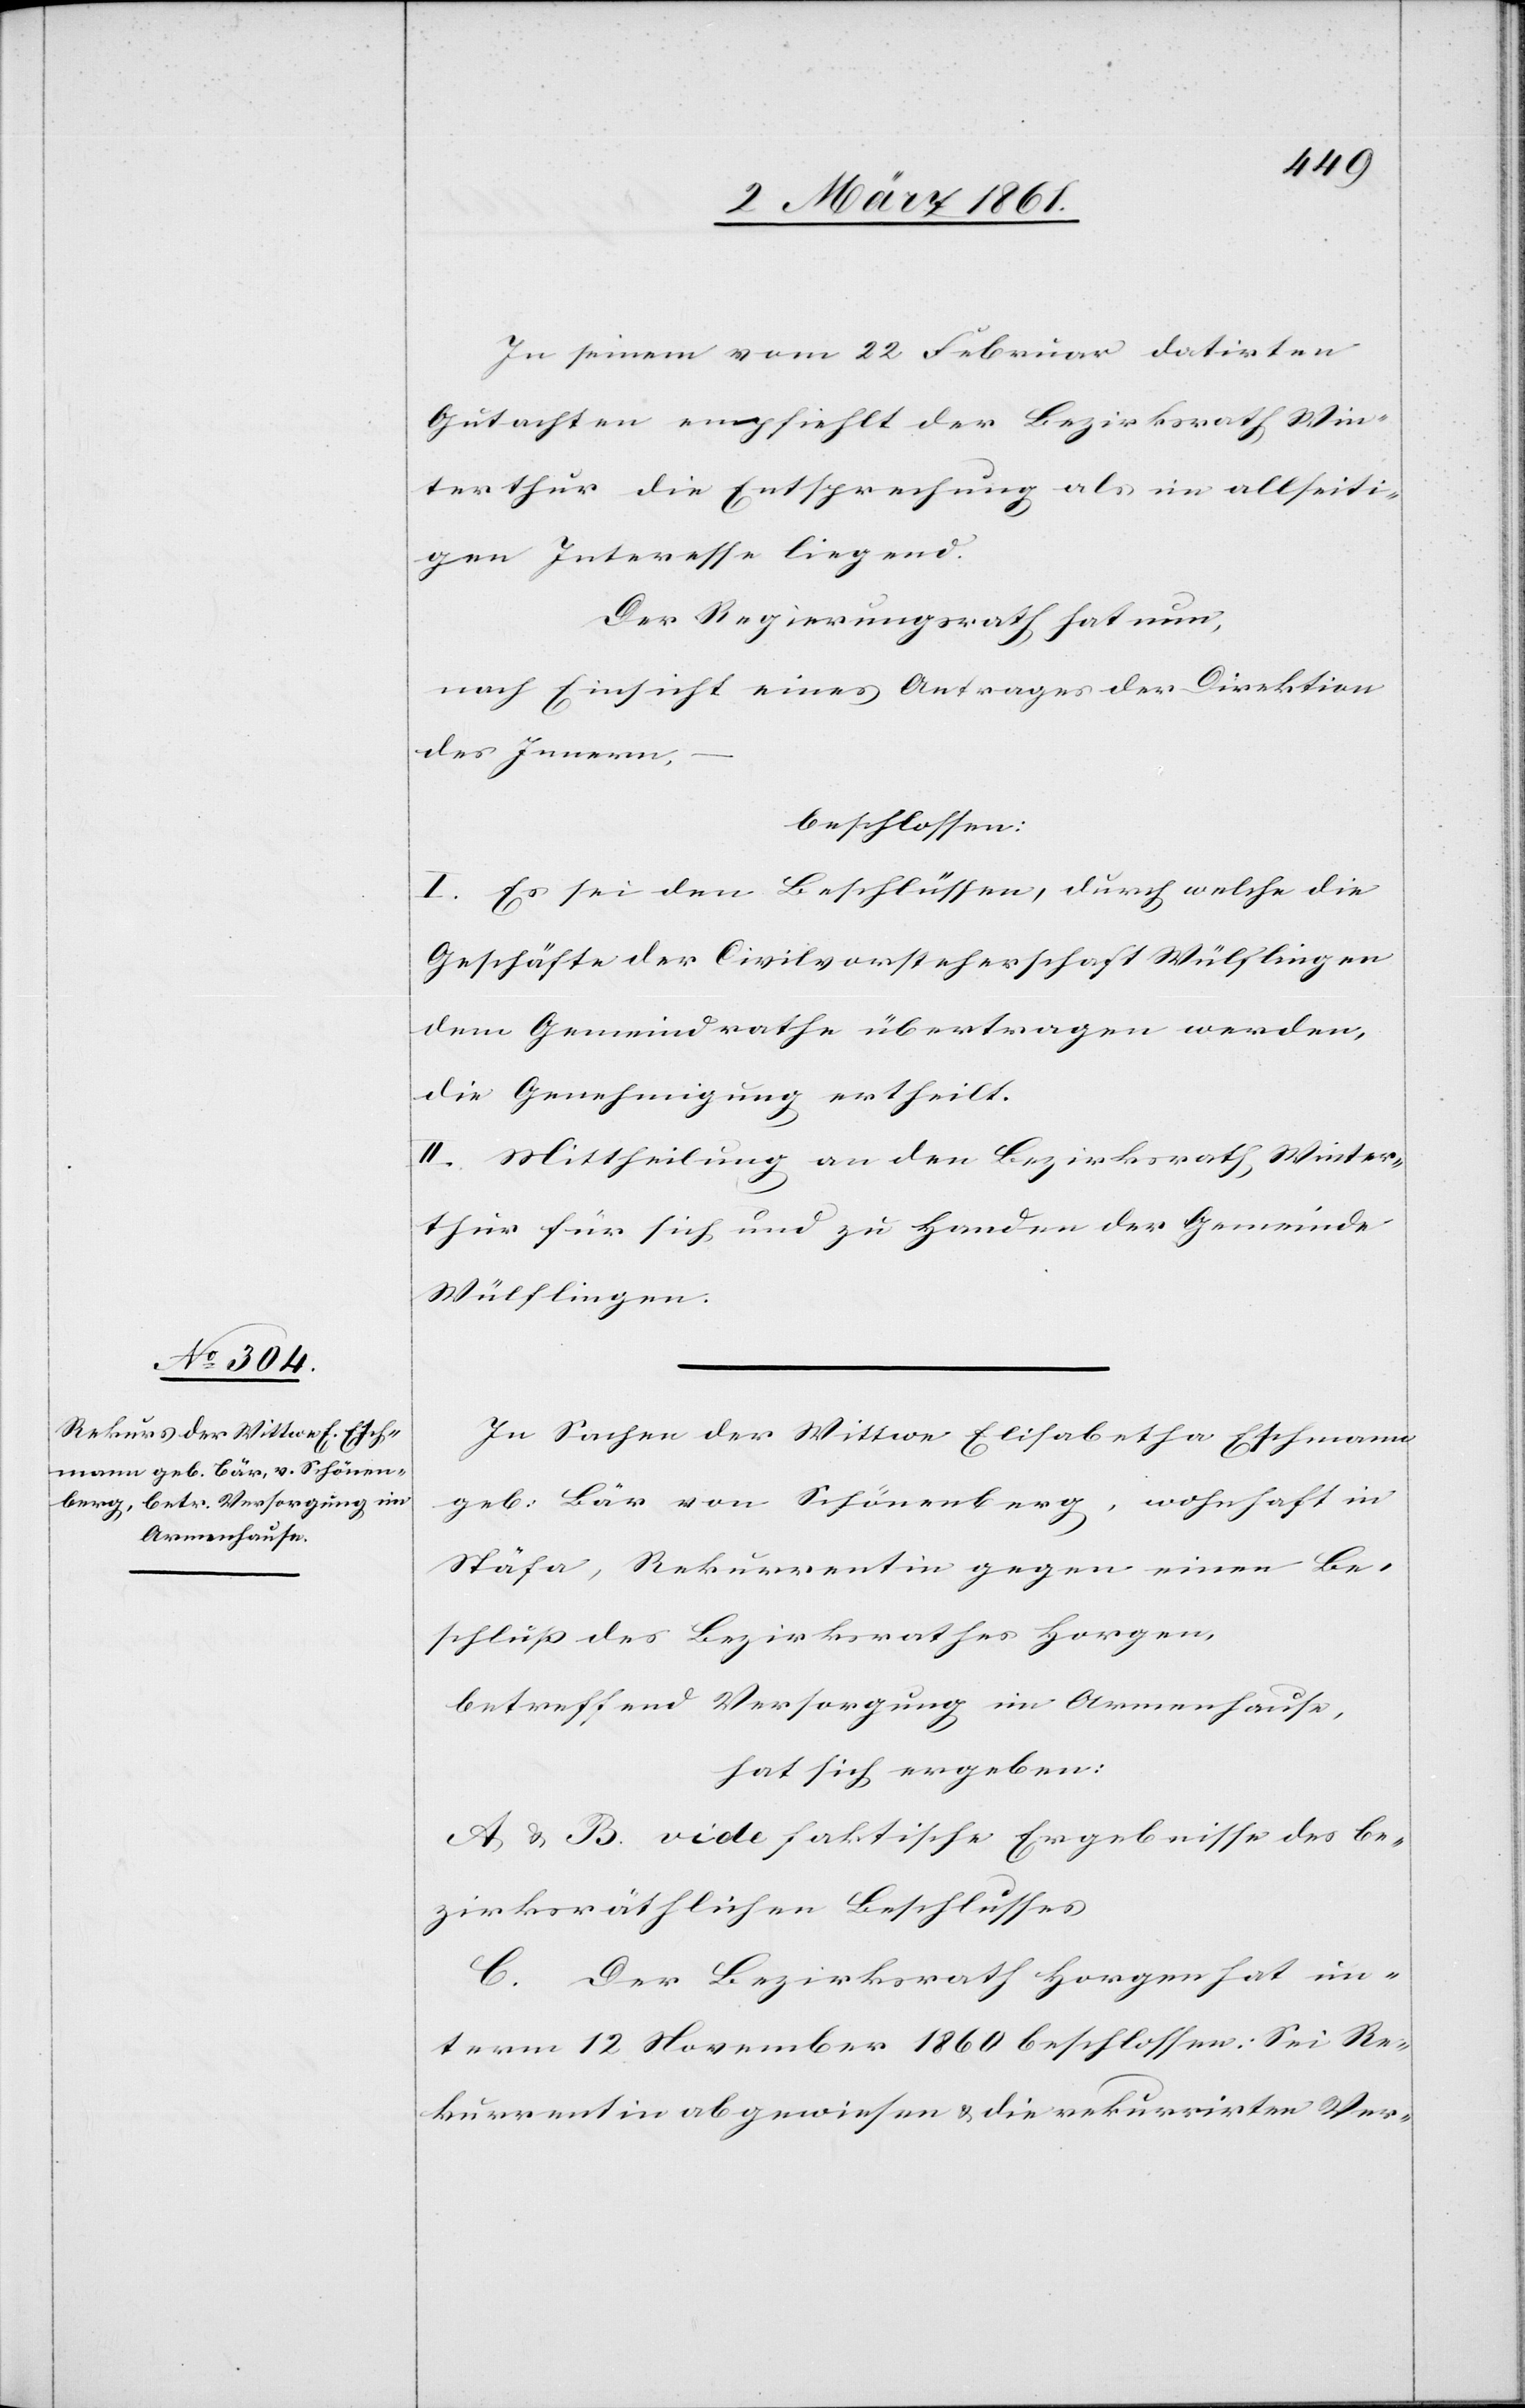
In seinem vom 22 Februar datirten
Gutachten empfiehlt der Bezirksrath Win¬
terthur die Entsprechung als im allseiti¬
gen Interesse liegend.
Der Regierungsrath hat nun,
nach Einsicht eines Antrages der Direktion
des Innern,
beschlossen:
I. Es sei den Beschlüssen, durch welche die
Geschäfte der Civilvorsteherschaft Wülflingen
dem Gemeindrathe übertragen werden,
die Genehmigung ertheilt.
II. Mittheilung an den Bezirksrath Winter¬
thur für sich und zu Handen der Gemeinde
Wülflingen.
In Sachen der Wittwe Elisabetha Eschmann
geb: Bär von Schönenberg, wohnhaft in
Stäfa, Rekurrentin gegen einen Be¬
schluss des Bezirksrathes Horgen,
betreffend Versorgung im Armenhause,
hat sich ergeben:
A. u. B. vide faktische Ergebnisse des be¬
zirksräthlichen Beschlusses
C. Der Bezirksrath Horgen hat un¬
term 12 November 1860 beschlossen: Sei Re¬
kurrentin abgewiesen u. die rekurrirten Ver-